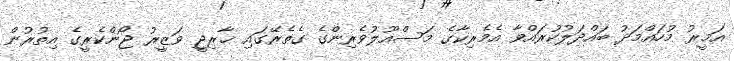
އަމީރު މުހައްމަދު ބައްދަލުކުރައްވާ އެމެރިކާގެ މަސްއޫލުވެރިންގެ ގެތެރޭގައި ޚާރިޖީ ވަޒީރު ޖޯންކެރީގެ އިތުރުން